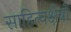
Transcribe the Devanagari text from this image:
साहित्यक्षेत्रों